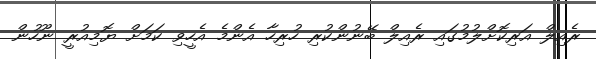
ރެއިލް އަރިކޮށްލުމުގައި ރެއިލް ބޭނުންކުރި ހުރިހާ އެންމެ އެހީވި ކަމަށް ޔޮމިއުރީ ނޫހުން